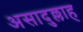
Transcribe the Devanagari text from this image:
असादुल्लाह